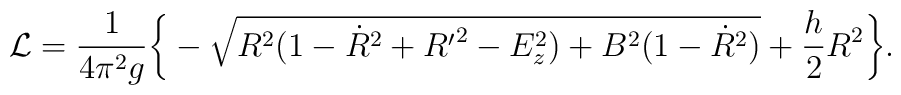
{\cal L} = \frac{1}{4\pi^2g}\bigg\{-\sqrt{R^2(1-{\dot R}^2+{R^{\prime}}^2-E^2_z)+B^2(1-{\dot R}^2)}+\frac{h}{2}R^2\bigg\}.